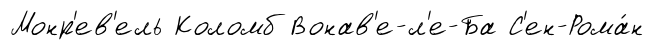
Монр'ев'ель Коломб Вонав'е-л'е-Ба С'ен-Рома́н